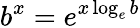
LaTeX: b^{x}=e^{x\log_{e}b}